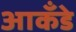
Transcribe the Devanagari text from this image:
आकँडे